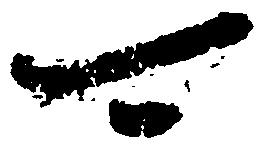
可